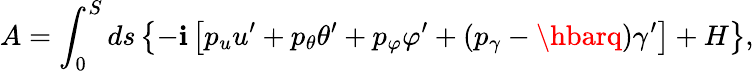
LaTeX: A=\int_{0}^{S}ds\left\{ -\mathbf{i}\left[p_{u}u^{\prime}+p_{\theta}\theta^{\prime}+p_{\varphi}\varphi^{\prime}+(p_{\gamma}-\hbarq)\gamma^{\prime}\right]+H\right\} ,